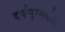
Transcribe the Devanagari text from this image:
दर्यापूरमधील